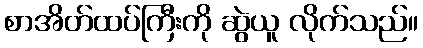
စာအိတ်ထပ်ကြီးကို ဆွဲယူ လိုက်သည်။